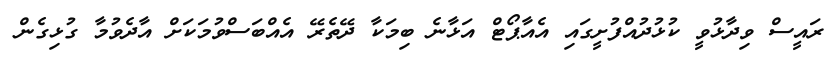
ރައީސް ވިދާޅުވީ ކުޅުދުއްފުށީގައި އެއާޕޯޓް އަޅާނެ ބިމަކާ ދޭތެރޭ އެއްބަސްވުމަކަށް އާދެވުމާ ގުޅިގެން